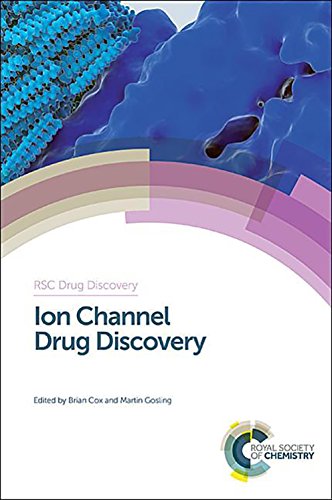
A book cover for Ion Channel Drug Discovery: RSC (RSC Drug Discovery); Medical Books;